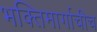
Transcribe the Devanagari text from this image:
भक्तिमार्गाचीच